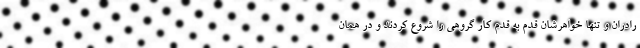
رادران و تنها خواهرشان قدم به قدم کار گروهی را شروع کردند و در همان